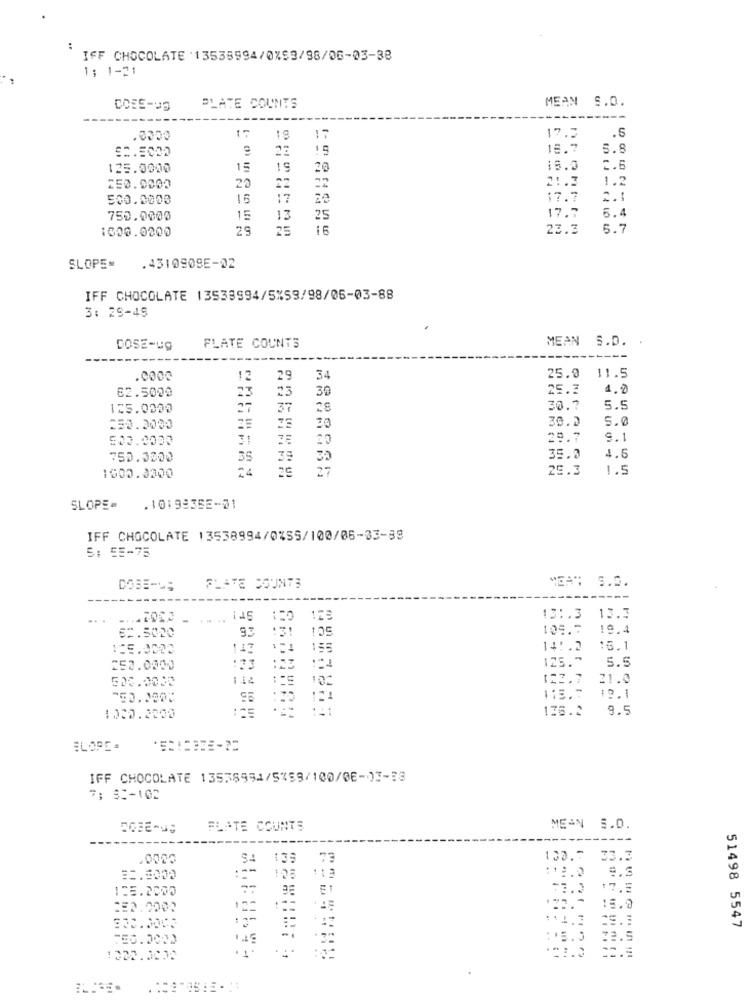
:
IFF CHOCOLATE 13535994/0153/98/06-03-38
1: 1-21
MEAN S.O.
DOSE-US
PLATE COUNTS
.S
.0000
17
17.2
22
15
18.7
5.8
125.0000
15
15.0
2.6
20
22
21.3
1.2
250.0000
22
500.0000
16
17
17.7
2.1
17.7
6.4
750.0000
15
13
25
1000.0000
29
25
23.3
6.7
SLOPEN
.4310908E-02
IFF CHOCOLATE 13538994/5%59/98/06-03-88
3: 29-49
MEAN S.D.
DOSE-Ug
FLATE COUNTS
.000
12
29
34
25.0 11.5
62.5000
23
23
30
25.3
4.0
125.0000
37
28
30.7
5.5
20
5.0
250.0000
30.2
500.0003
31
29.7
9.1
750.0000
30
35.0
4.5
27
25.3
1.5
1000.0300
SLOPE =
.10:9936E-01
IFF CHOCOLATE 13538994/0%SS/100/06-03-88
S: 55-75
DOBE-L;
PLATE COUNTS
MEA: S.0.
..
25
13 :. 3
13.3
131
105
109.5
19.4
==. 5020
1:5.0000
117
141.2
16.1
125 .~
5.5
252.0000
144
10
122.7
21.0
95
121
113.7
19.1
.. .
176.2
9.5
ELOPE -
IFF CHOCOLATE 13538951/5259/100/06-03-33
7: 52-102
FLATE COUNTS
MEAN 5.0.
.0000
138
73
130.7
33.3
---
:12.0
==. 0000
113
125.2000
-
E1
17.5
2E2.0000
15-
15.0
51498 5547
-.
...